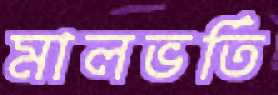
মালভর্তি